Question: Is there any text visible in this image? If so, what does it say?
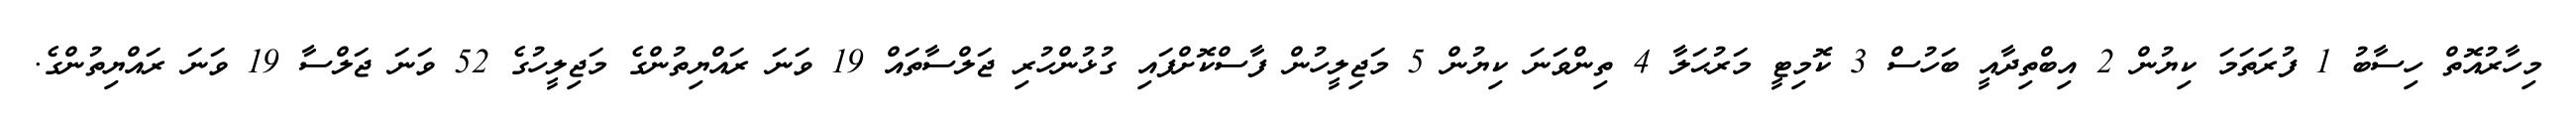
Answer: މިހާރުއޮތް ހިސާބު 1 ފުރަތަމަ ކިޔުން 2 އިބްތިދާއީ ބަހުސް 3 ކޮމިޓީ މަރުޙަލާ 4 ތިންވަނަ ކިޔުން 5 މަޖިލީހުން ފާސްކޮށްފައި ގުޅުންހުރި ޖަލްސާތައް 19 ވަނަ ރައްޔިތުންގެ މަޖިލީހުގެ 52 ވަނަ ޖަލްސާ 19 ވަނަ ރައްޔިތުންގެ.